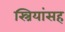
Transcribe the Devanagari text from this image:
स्त्रियांसह